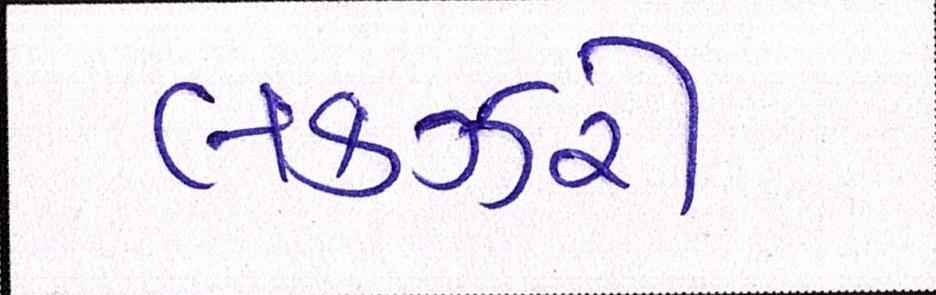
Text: લકઝરી